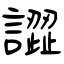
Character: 譅